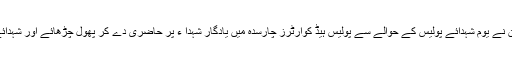
چارسدہ ڈسٹرکٹ پولیس آفیسر چارسدہ عرفان اللہ خان نے یوم شہدائے پولیس کے حوالے سے پولیس ہیڈ کوارٹرز چارسدہ میں یادگار شہدا ء پر حاضری دے کر پھول چڑھائے اور شہدائے پولیس کے بلند درجات کے لئے فاتحہ خوانی کی۔